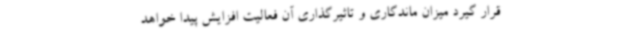
قرار گیرد میزان ماندگاری و تاثیرگذاری آن فعالیت افزایش پیدا خواهد